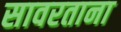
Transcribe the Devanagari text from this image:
सावरताना